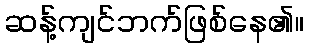
ဆန့်ကျင်ဘက်ဖြစ်နေ၏။